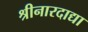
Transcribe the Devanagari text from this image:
श्रीनारदाद्या